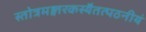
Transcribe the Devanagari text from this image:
स्तोत्रमङ्गारकस्यैतत्पठनीयं